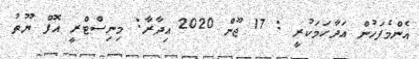
އެންމެފަހުން އަދާހަމަކުރީ : 17 ޖޫން 2020 އިދާރާ: މިނިސްޓްރީ އޮފް ޔޫތު